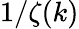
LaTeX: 1/{\zeta(k)}